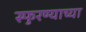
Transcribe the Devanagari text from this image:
स्फुरण्याच्या